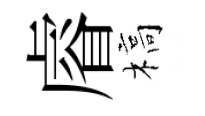
𥈠槁